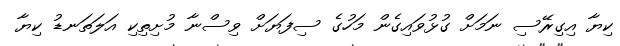
ކިޔާ އިގިރޭސި ނަމަށް ގުޅުވައިގެން މަހުގެ ސިފަޔަށް ވިސްނާ މުށިތިކި އަލަތަނޑު ކިޔާ